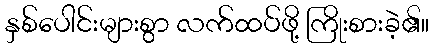
နှစ်ပေါင်းများစွာ လက်ထပ်ဖို့ ကြိုးစားခဲ့၏။